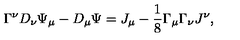
\Gamma ^ { \nu } D _ { \nu } \Psi _ { \mu } - D _ { \mu } \Psi = J _ { \mu } - \frac { 1 } { 8 } \Gamma _ { \mu } \Gamma _ { \nu } J ^ { \nu } ,